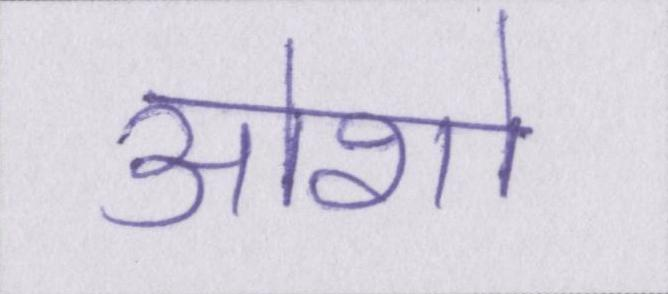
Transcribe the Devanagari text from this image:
ओशो